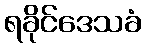
ရခိုင်ဒေသခံ